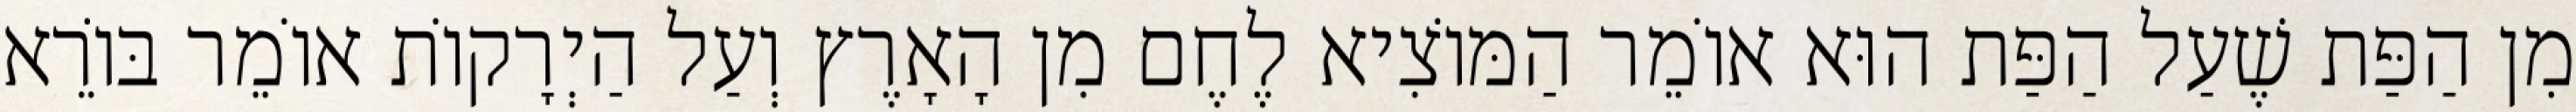
מִן הַפַּת שֶׁעַל הַפַּת הוּא אוֹמֵר הַמּוֹצִיא לֶחֶם מִן הָאָרֶץ וְעַל הַיְרָקוֹת אוֹמֵר בּוֹרֵא